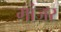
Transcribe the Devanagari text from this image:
गांजर